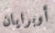
أوبرايان